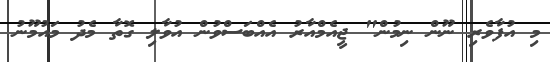
މި އުފާވެރި ނޫން ނިމުން" ޖީއެމްއާރު އެއްބަސްވުން އުވާލި ގޮތާ މެދު މައުމޫނު